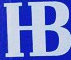
HB